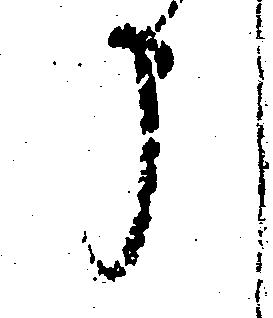
う